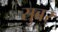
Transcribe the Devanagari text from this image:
सुबर